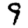
Digit: 9